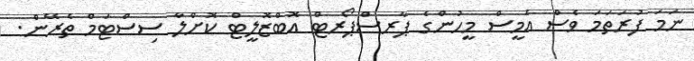
ނަމަ ފުރަތަމަ ވެސް އެމީސް މީހުންގެ ޕާރސްޕޯރޓް އޮބްޒޮލީޓް ކޮށްލާ ސިސްޓަމް ތެރޭން.